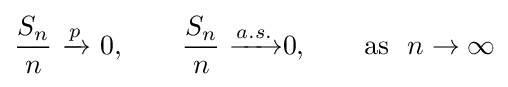
{\frac {S_{n}}{n}}\ {\xrightarrow {p}}\ 0,\qquad {\frac {S_{n}}{n}}\ {\xrightarrow {a.s.}}0,\qquad {\text{as}}\ \ n\to \infty